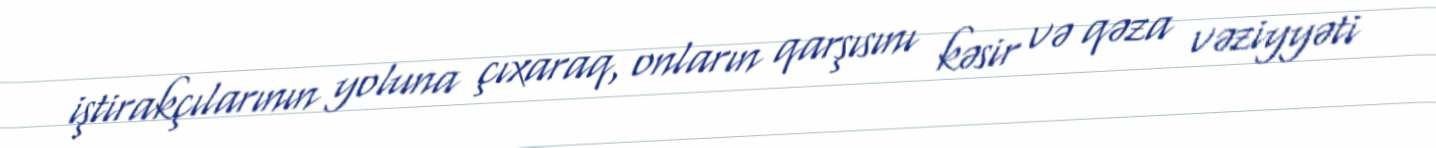
iştirakçılarının yoluna çıxaraq, onların qarşısını kəsir və qəza vəziyyəti